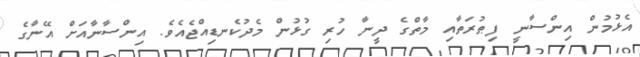
އެޅުމުން އިންސާނީ ފިޠުރަތާއި މާތްގެ ދީނާ ހުރި ގުޅުން މެދުކެނޑިއްޖެއެވެ. އިންސާނާއަށް އޭނާގެ